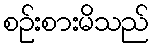
စဉ်းစားမိသည်